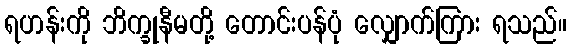
ရဟန်းကို ဘိက္ခုနီမတို့ တောင်းပန်ပုံ လျှောက်ကြား ရသည်။